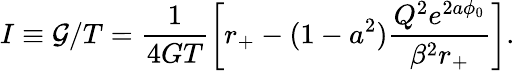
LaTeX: I\equiv{\cal G}/T=\frac{1}{4GT}\left[r_{+}-(1-a^{2})\frac{Q^{2}e^{2a\phi_{0}}}{\beta^{2}r_{+}}\right].